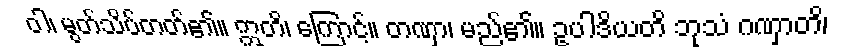
ဝါ၊ မွတ်သိပ်တတ်၏။ ဣတိ၊ ကြောင့်။ တဏှာ၊ မည်၏။ ဥပါဒိယတိ ဘုသံ ဂဏှာတိ၊